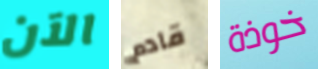
الآن قادم خوذة